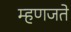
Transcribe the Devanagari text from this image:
म्हणजते